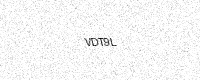
Text: VDT9L